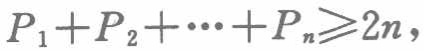
\(P_{1}+P_{2}+\cdots+P_{n}\geqslant2n\)